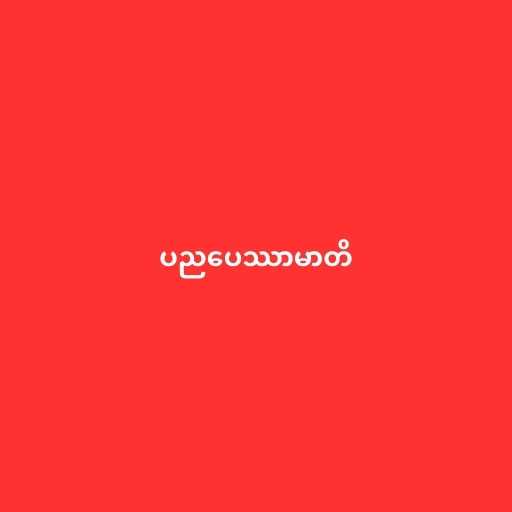
ပညပေဿာမာတိ